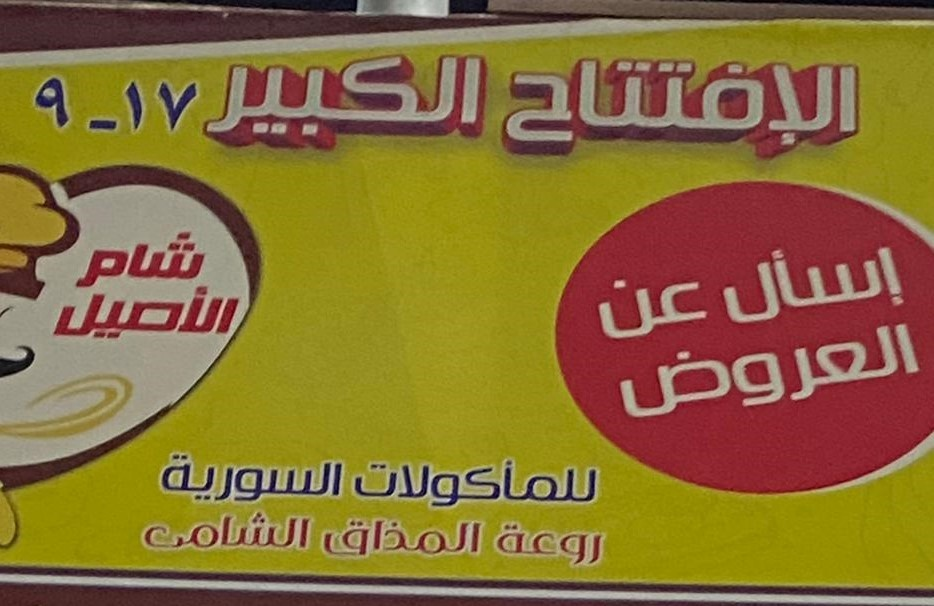
Text in image: الكبير الإفتتاح 17-9 شام إسأل عن الأصيل العروض السورية للمأكولات الشامى المذاق روعة